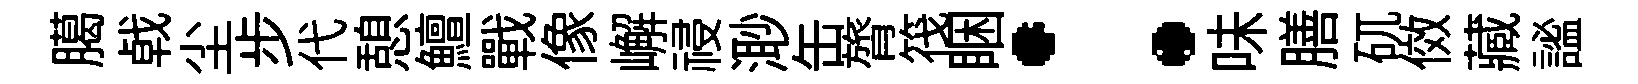
臈㦸尘步代憩鱣戰像嶰祲𣺌缶膂筏睏：味膳矹傚藏謐